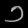
Digit: ၁